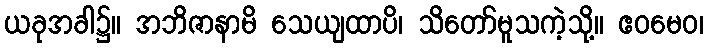
ယခုအခါ၌။ အဘိဇာနာမိ သေယျထာပိ၊ သိတော်မူသကဲ့သို့။ ဧဝမေဝ၊